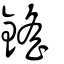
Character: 鎐